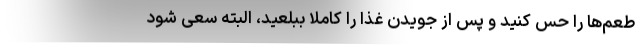
طعم‌ها را حس کنید و پس از جویدن غذا را کاملا ببلعید، البته سعی شود